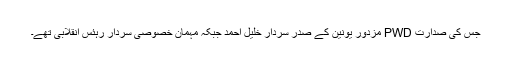
جس کی صدارت PWD مزدور یونین کے صدر سردار خلیل احمد جبکہ مہمان خصوصی سردار رہئس انقلابی تھے۔